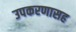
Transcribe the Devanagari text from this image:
उपकरणासह